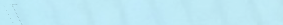
مطعم سمك النيل يقدم أشهى